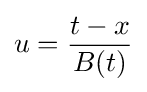
u={\frac {t-x}{B(t)}}